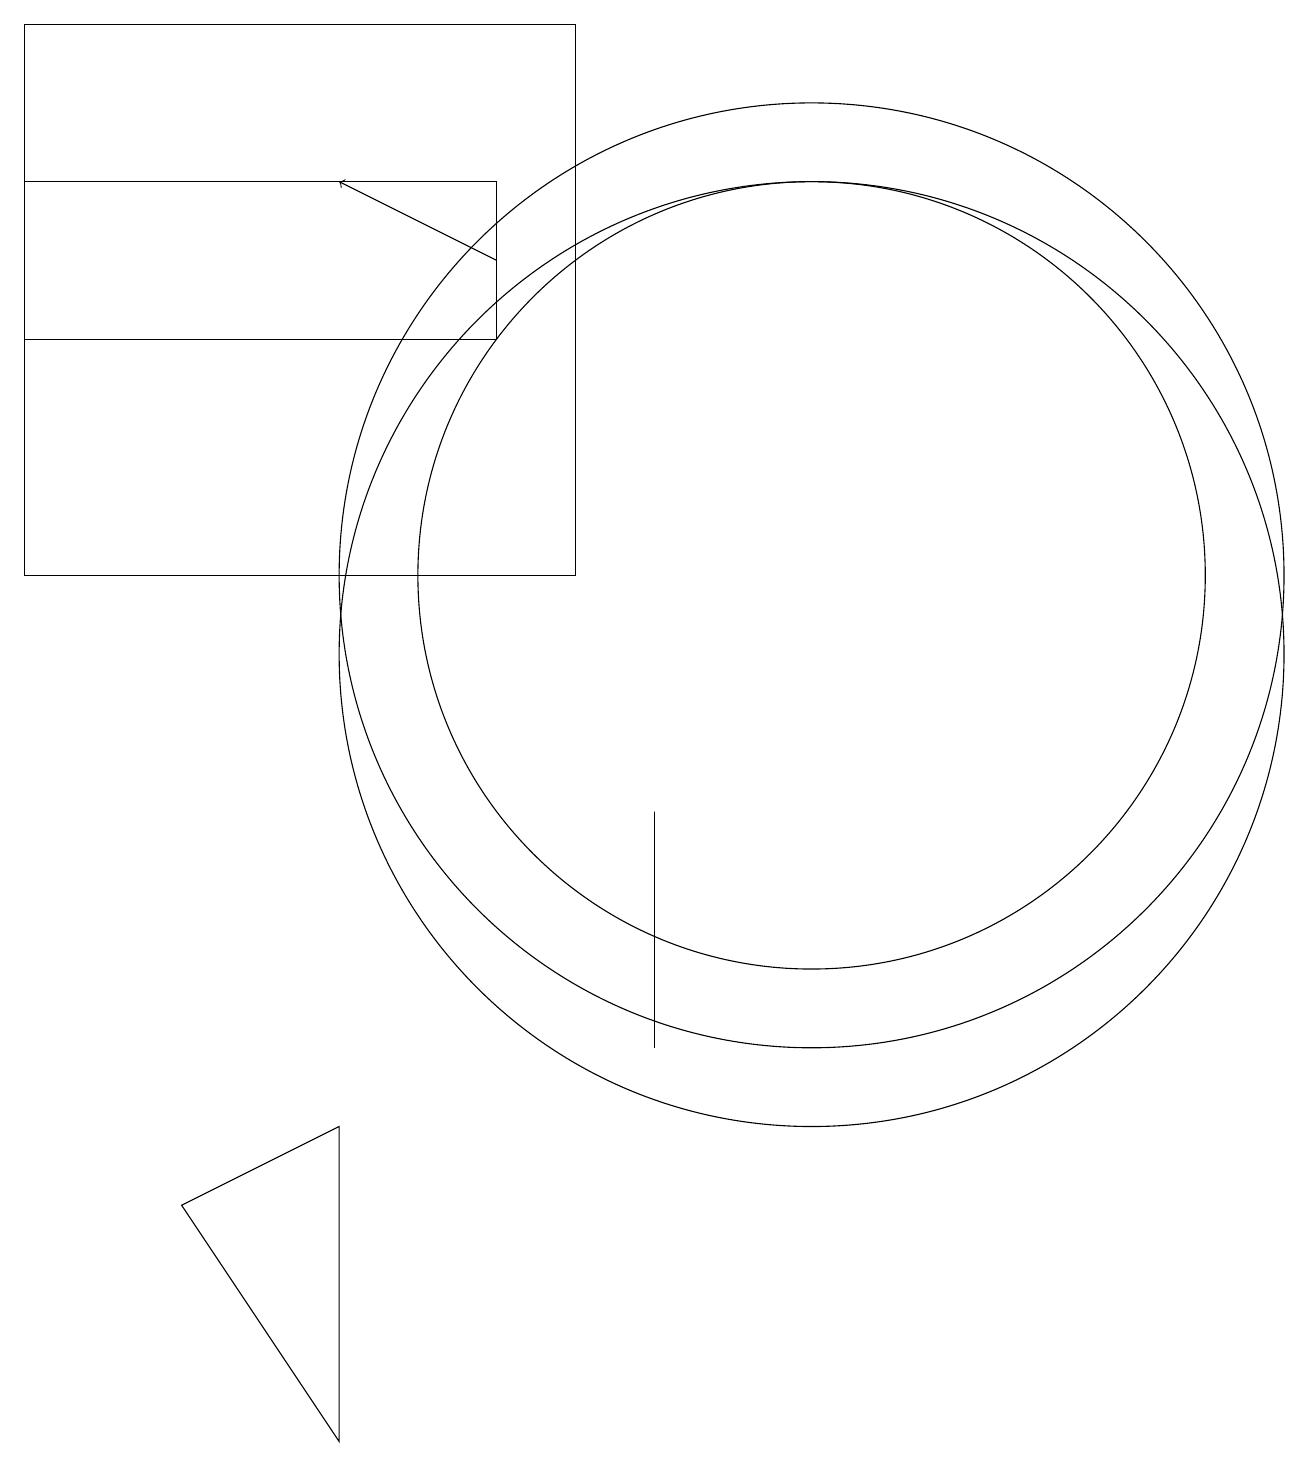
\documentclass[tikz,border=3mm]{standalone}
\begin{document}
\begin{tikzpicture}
\draw[->] (7,15) -- (5,16);
\draw (11,11) circle (6);
\draw (11,10) circle (6);
\draw (9,7) -- (9,8) -- (9,5) -- cycle;
\draw (5,0) -- (3,3) -- (5,4) -- cycle;
\draw (1,16) rectangle (7,14);
\draw (11,11) circle (5);
\draw (8,18) rectangle (1,11);
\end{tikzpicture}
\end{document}